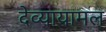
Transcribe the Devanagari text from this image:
देव्यायामल